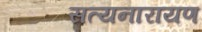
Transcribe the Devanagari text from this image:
सत्‍यनारायण